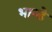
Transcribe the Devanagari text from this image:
भान्डे